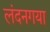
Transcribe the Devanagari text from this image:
लंदनगया